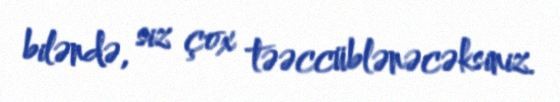
biləndə, siz çox təəccüblənəcəksiniz.